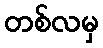
တစ်လမှ